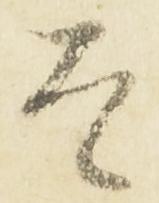
者